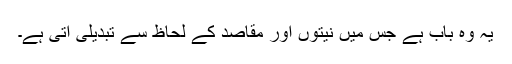
یہ وہ باب ہے جس میں نیتوں اور مقاصد کے لحاظ سے تبدیلی آتی ہے۔